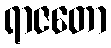
ရာဇတော